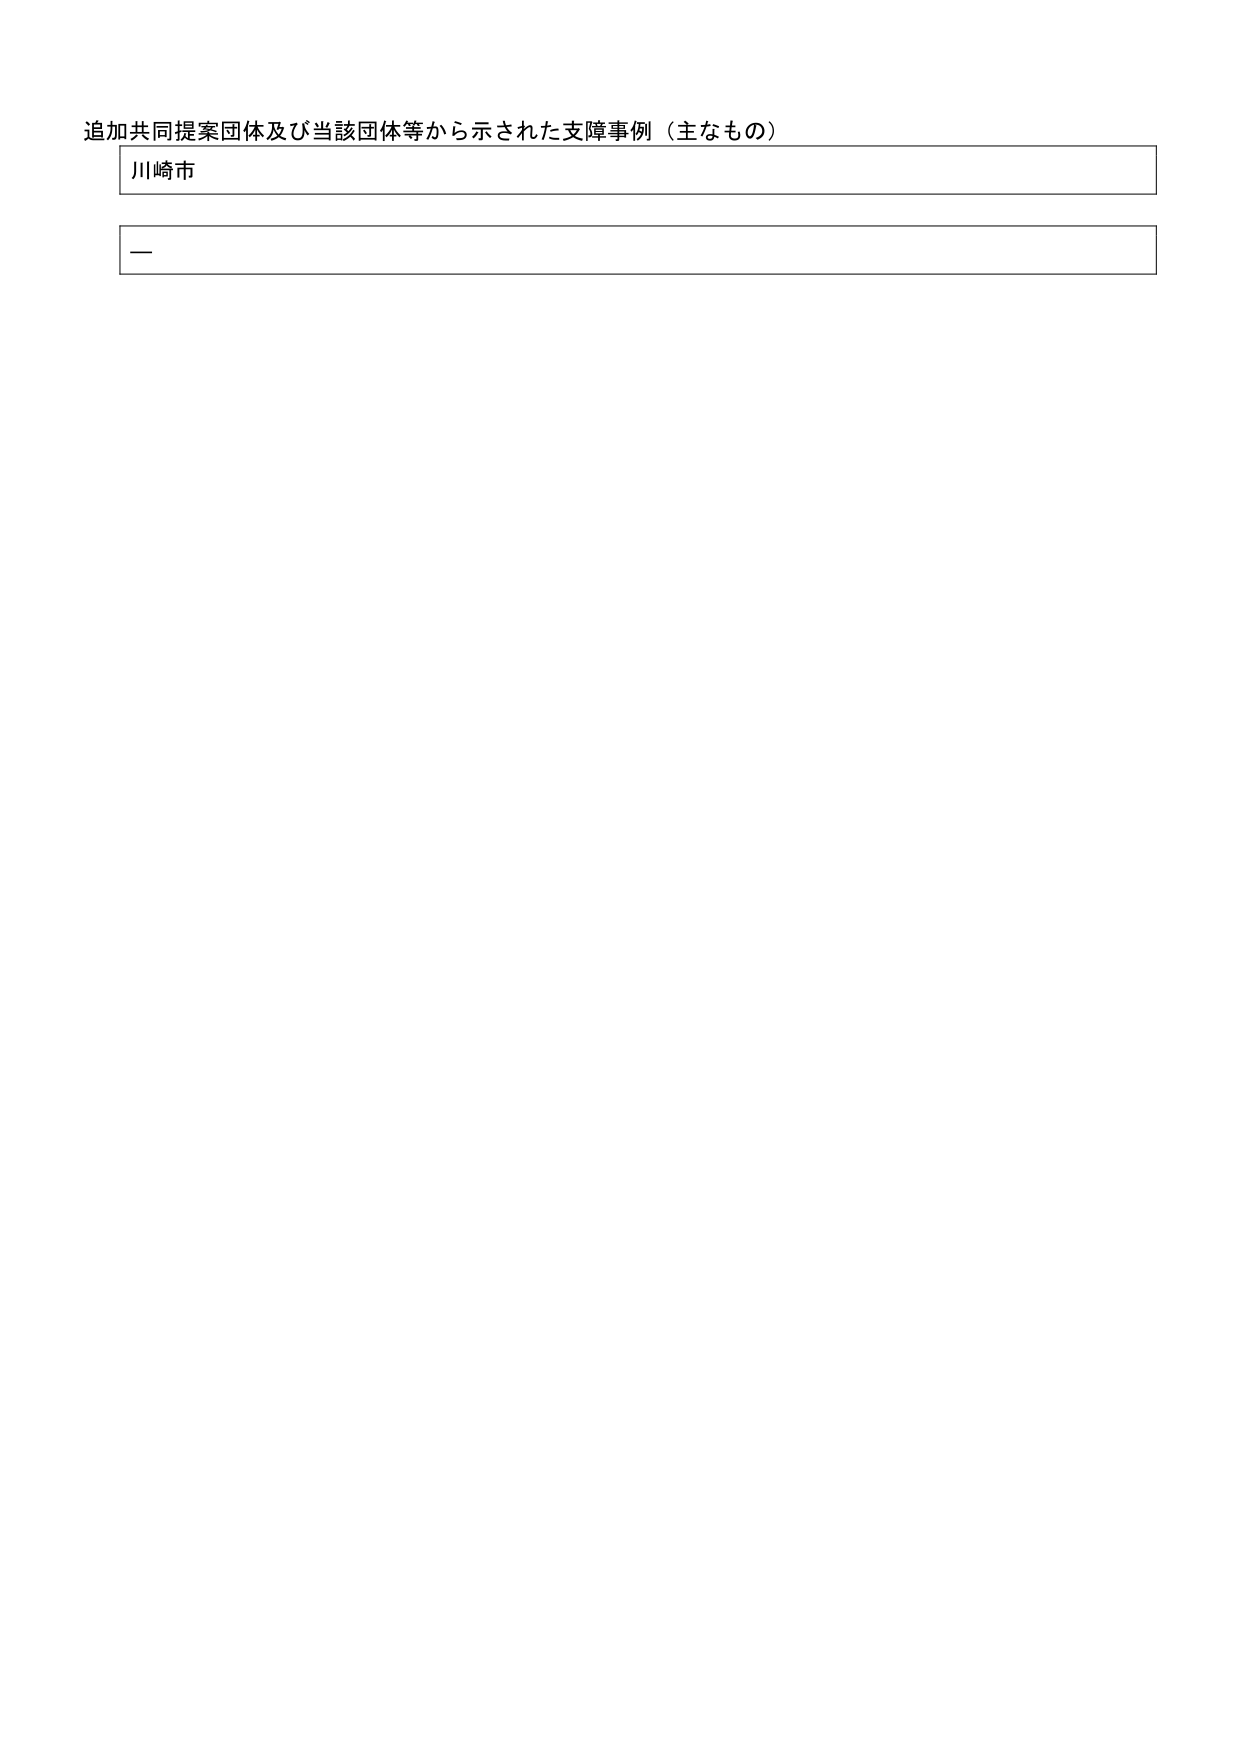
追加共同提案団体及び当該団体等から示された支障事例（主なもの）

川崎市

ー